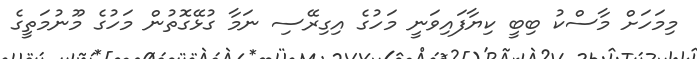
މިމަހަށް މާސްކު ބިބީ ކިޔާފައިވަނީ މަހުގެ އިގިރޭސި ނަމާ ގުޅޭގޮތުން މަހުގެ މޫނުމަތީގެ